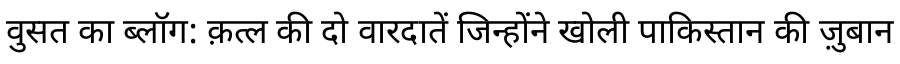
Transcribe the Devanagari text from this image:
वुसत का ब्लॉग: क़त्ल की दो वारदातें जिन्होंने खोली पाकिस्तान की ज़ुबान